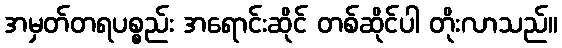
အမှတ်တရပစ္စည်း အရောင်းဆိုင် တစ်ဆိုင်ပါ တိုးလာသည်။